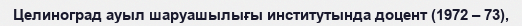
Целиноград ауыл шаруашылығы институтында доцент (1972 – 73),